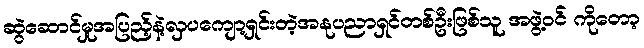
ဆွဲဆောင်မှုအပြည့်နဲ့လှပကျော့ရှင်းတဲ့အနုပညာရှင်တစ်ဦးဖြစ်သူ အဖွဲ့ဝင် ကိုတော့